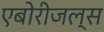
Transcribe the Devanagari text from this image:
एबोरीजल्स